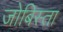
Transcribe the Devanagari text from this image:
जोबिस्ता